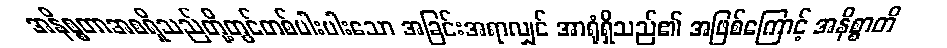
အနိစ္စတာအစရှိသည်တို့တွင်တစ်ပါးပါးသော အခြင်းအရာလျှင် အာရုံရှိသည်၏ အဖြစ်ကြောင့် အနိစ္စာတိ